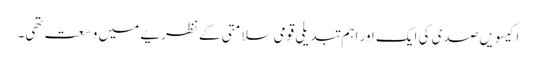
اکیسویں صدی کی ایک اور اہم تبدیلی قومی سلامتی کے نظریے میں وسعت تھی۔